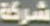
شركة